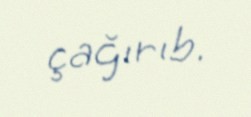
çağırıb.